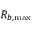
R _ { b , \operatorname* { m a x } }